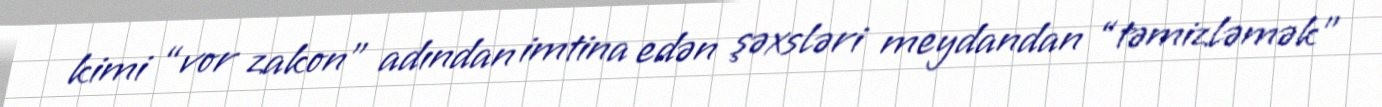
kimi “vor zakon” adından imtina edən şəxsləri meydandan “təmizləmək”